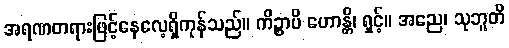
အရဏတရားဖြင့်နေလေ့ရှိကုန်သည်။ ကိဉ္စာပိ ဟောန္တိ၊ ရှင့်။ အညေ၊ သုဘူတိ